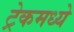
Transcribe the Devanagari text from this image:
ट्रेकमध्ये